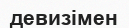
девизімен